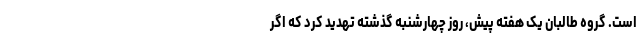
است. گروه طالبان یک هفته پیش، روز چهارشنبه گذشته تهدید کرد که اگر